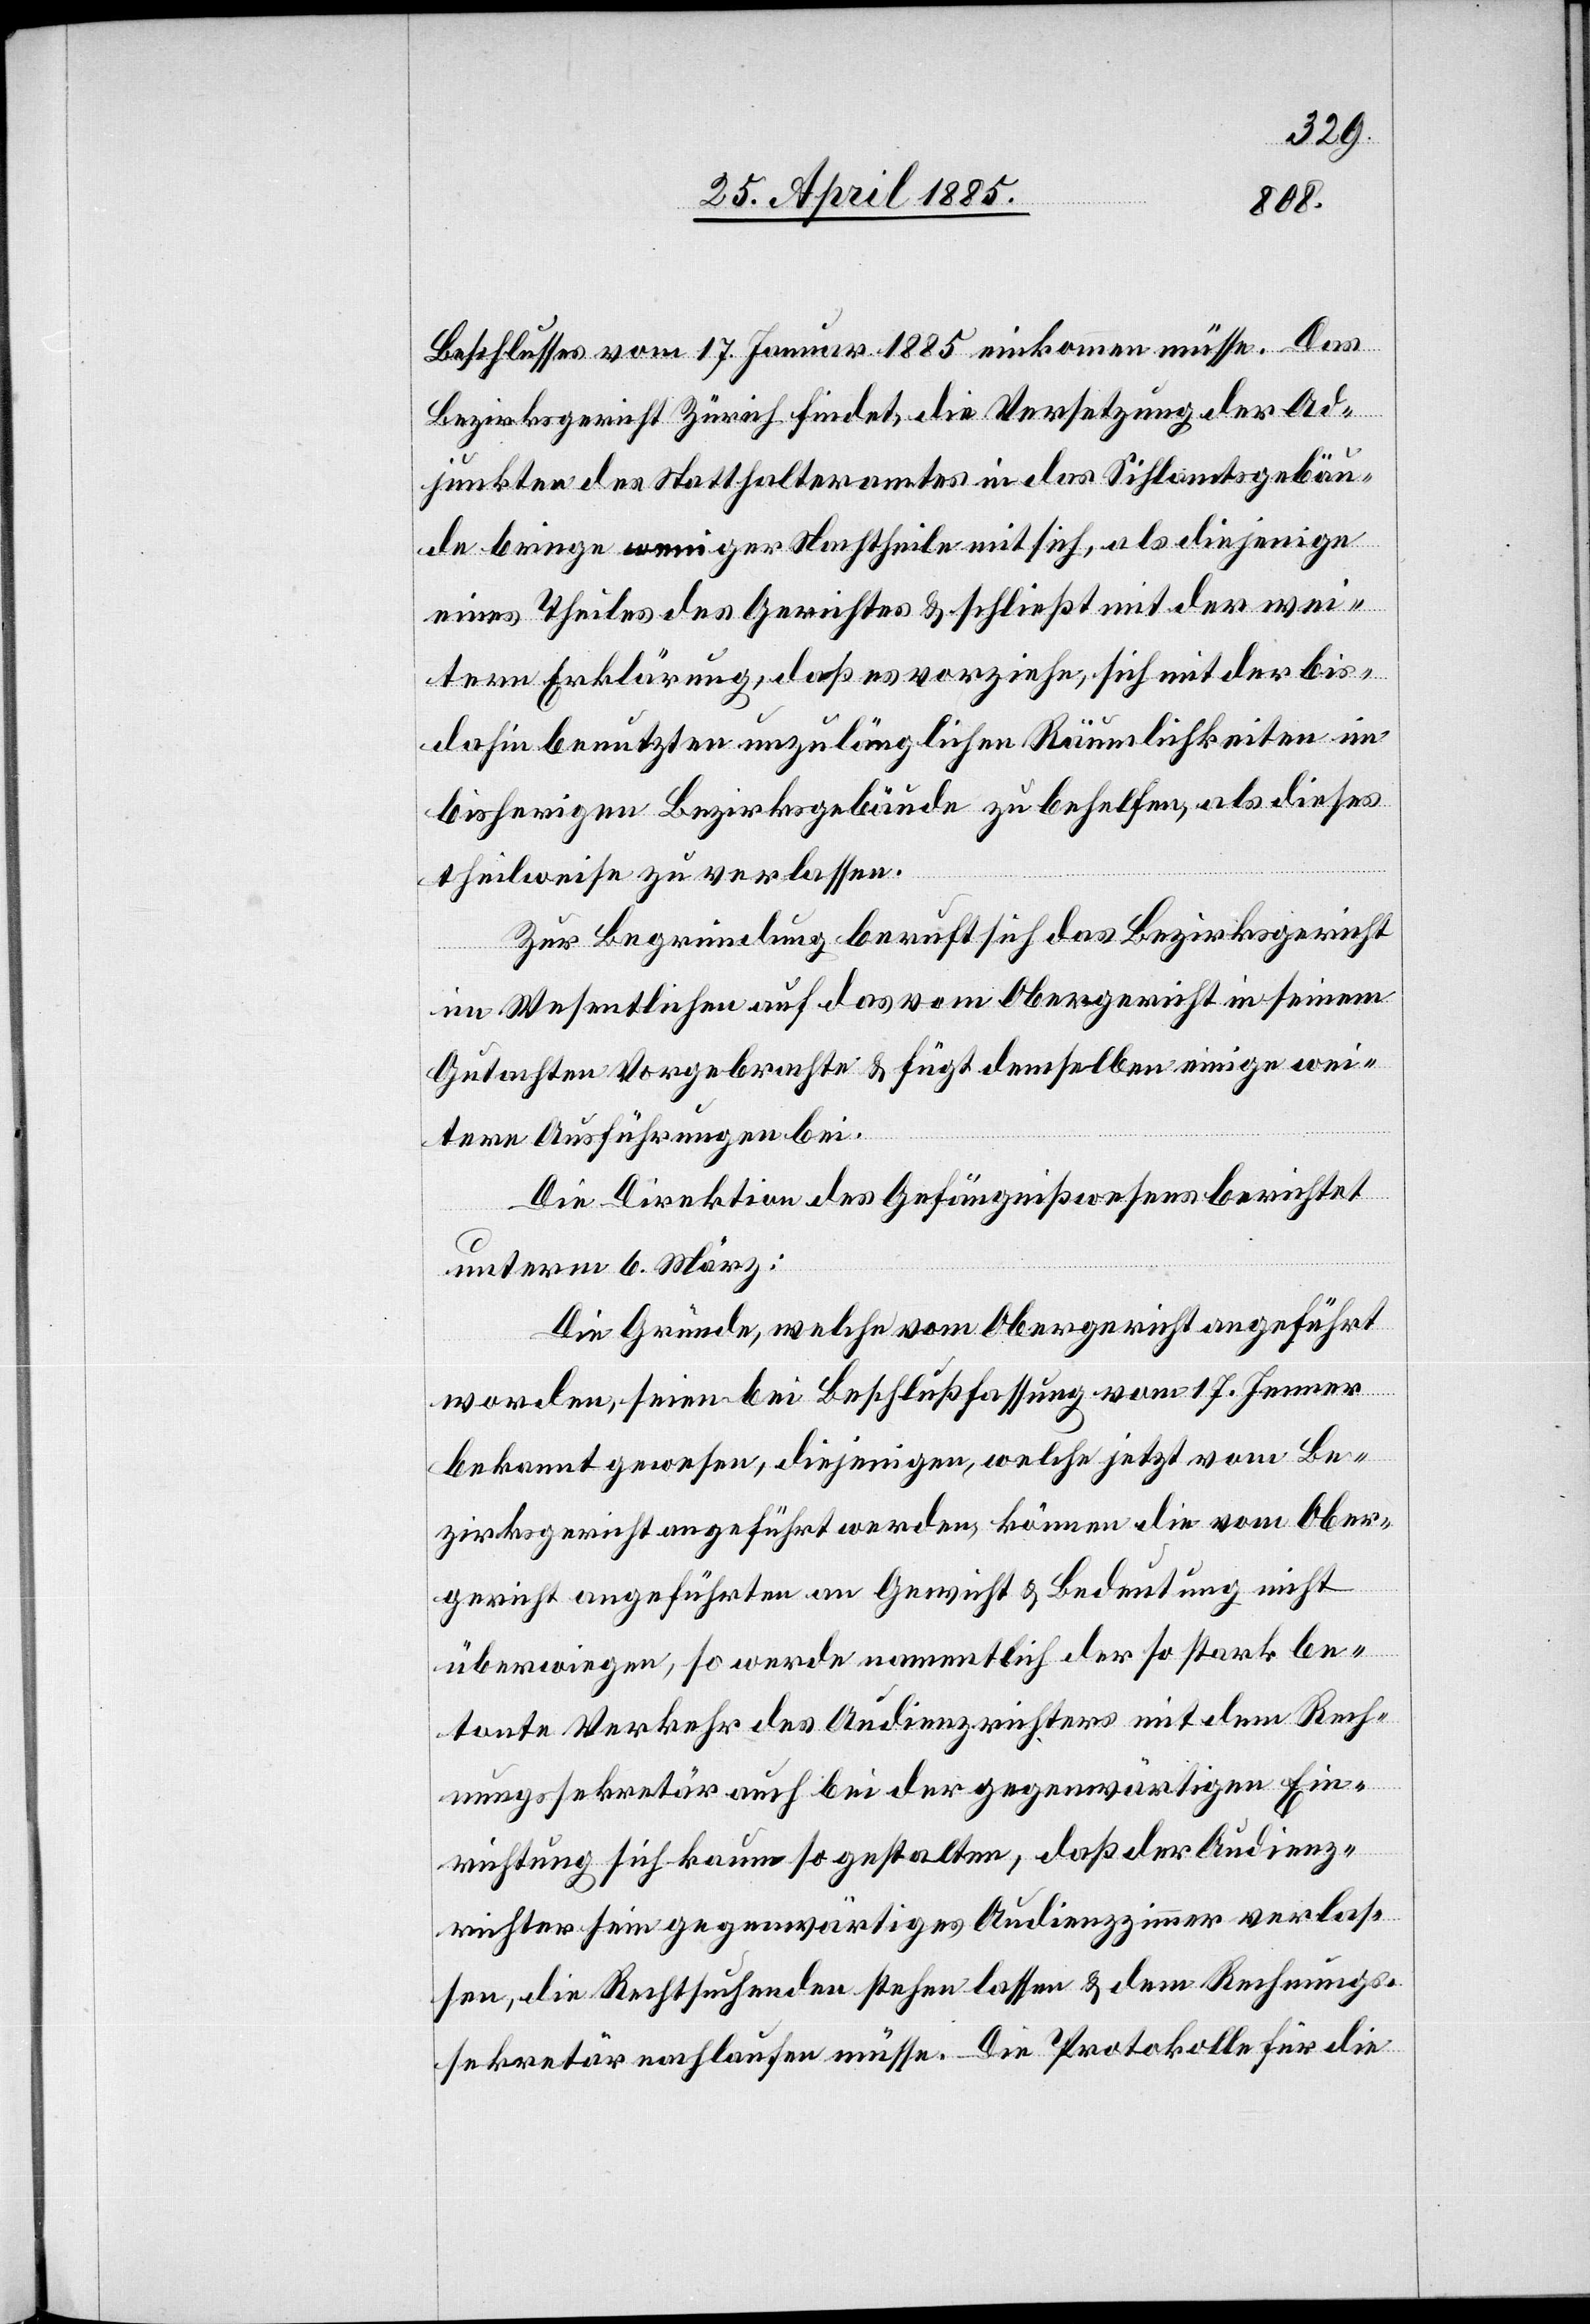
Beschlusses vom 17. Januar 1885 einkommen müsse. Das
Bezirksgericht Zürich findet, die Versetzung der Ad¬
junkten des Statthalteramtes in das Sihlamtsgebäu¬
de bringe weniger Nachtheile mit sich, als diejenige
eines Theiles des Gerichtes & schließt mit der wei¬
tern Erklärung, daß es vorziehe, sich mit der bis
dahin benutzten unzulänglichen Räumlichkeiten im
bisherigen Bezirksgebäude zu behelfen, als dieses
theilweise zu verlassen.
Zur Begründung beruft sich das Bezirksgericht
im Wesentlichen auf das vom Obergericht in seinem
Gutachten Vorgebrachte & fügt demselben einige wei¬
tern Ausführungen bei.
Die Direktion des Gefängnißwesens berichtet
unterm 6. März:
Die Gründe, welche vom Obergerichte angeführt
worden, seien bei Beschlußfassung vom 17. Jenner
bekannt gewesen, diejenigen, welche jetzt vom Be¬
zirksgericht angeführt werden, können die vom Ober¬
gericht angeführten an Gewicht & Bedeutung nicht
überwiegen, so werde namentlich der so stark be¬
tonte Verkehr des Audienzrichters mit dem Rech¬
nungssekretär auch bei der gegenwärtigen Ein¬
richtung sich kaum so gestalten, daß der Audienz¬
richter sein gegenwärtiges Audienzzimmer verlas¬
sen, die Rechtsuchenden stehen lassen & dem Rechnungs¬
sekretär nachlaufen müsse. Die Protokolle für die